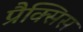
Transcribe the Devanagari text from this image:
प्रैक्सिस